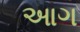
આગ